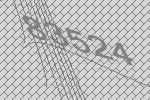
83524